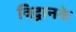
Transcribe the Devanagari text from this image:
विद्वानके